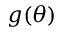
g ( \theta )